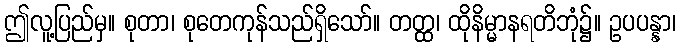
ဤလူ့ပြည်မှ။ စုတာ၊ စုတေကုန်သည်ရှိသော်။ တတ္ထ၊ ထိုနိမ္မာနရတိဘုံ၌။ ဥပပန္နာ၊